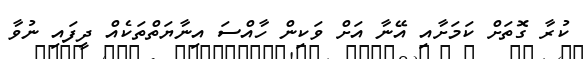
ކުރާ ގޮތަށް ކަމަށާއި އޭނާ އަށް ވަކިން ހާއްސަ އިނާޔަތްތަކެއް ދީފައި ނުވާ